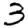
Digit: 3